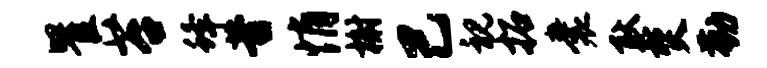
瞿苔蜂昔悄榭己视拓囊耿焚勤